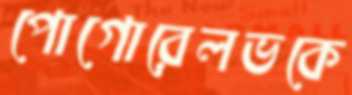
পোগোরেলভকে